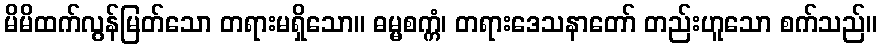
မိမိထက်လွန်မြတ်သော တရားမရှိသော။ ဓမ္မစက္ကံ၊ တရားဒေသနာတော် တည်းဟူသော စက်သည်။